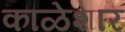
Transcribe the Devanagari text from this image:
काळेशार